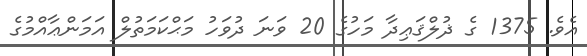
އެވެ. 1375 ގެ ޛުލްޤަޢިދާ މަހުގެ 20 ވަނަ ދުވަހު މަޙްކަމަތުލް އަމަންޢާއްމުގެ